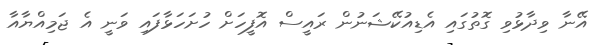
އޭނާ ވިދާޅުވި ގޮތުގައި އެޑިއުކޭޝަނުން ރައީސް އޮފީހަށް ހުށަހަޅާފައި ވަނީ އެ ޖަމިއްޔާއާ